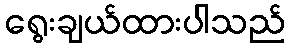
ရွေးချယ်ထားပါသည်